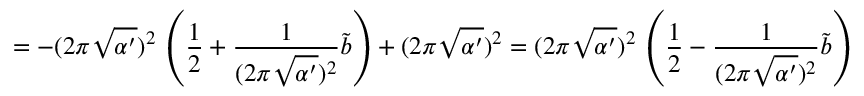
= - ( 2 \pi \sqrt { \alpha ^ { \prime } } ) ^ { 2 } \, \left( \frac { 1 } { 2 } + \frac { 1 } { ( 2 \pi \sqrt { \alpha ^ { \prime } } ) ^ { 2 } } \tilde { b } \right) + ( 2 \pi \sqrt { \alpha ^ { \prime } } ) ^ { 2 } = ( 2 \pi \sqrt { \alpha ^ { \prime } } ) ^ { 2 } \, \left( \frac { 1 } { 2 } - \frac { 1 } { ( 2 \pi \sqrt { \alpha ^ { \prime } } ) ^ { 2 } } \tilde { b } \right)